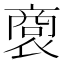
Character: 𧛨